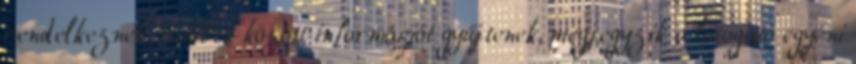
rendelkeznek. Többek között információt gyűjtenek, megjegyzik a látogató egyéni